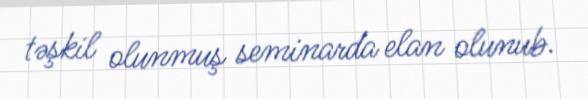
təşkil olunmuş seminarda elan olunub.